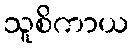
သူစိကာယ